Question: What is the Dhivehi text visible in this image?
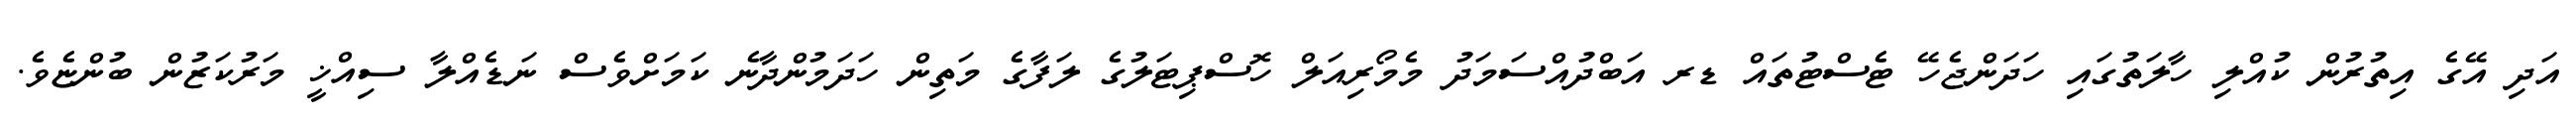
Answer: އަދި އޭގެ އިތުރުން ކުއްލި ހާލަތުގައި ހަދަންޖެހޭ ޓެސްޓުތައް ޑރ އަބްދުއްސަމަދު މެމޯރިއަލް ހޮސްޕިޓަލުގެ ލަފާގެ މަތިން ހަދަމުންދާނެ ކަމަށްވެސް ނަޑެއްލާ ސިއްޚީ މަރުކަޒުން ބުންޏެވެ.